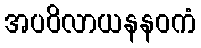
အပဝိလာယနနဝကံ